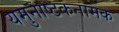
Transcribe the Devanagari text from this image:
यमुनाष्टकनामक